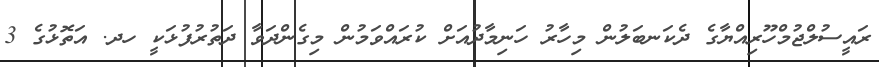
ރައީސުލްޖުމްހޫރިއްޔާގެ ދެކަނބަލުން މިހާރު ހަނިމާދުއަށް ކުރައްވަމުން މިގެންދަވާ ދަތުރުފުޅަކީ ހދ. އަތޮޅުގެ 3